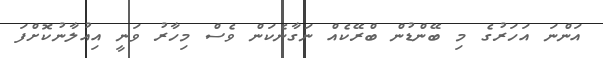
އަންނަ އަހަރުގެ މި ބޭންޑުން ބްރޭކެއް ނަގާނެކަން ވެސް މިހާރު ވަނީ އިއުލާނުކޮށްފަ